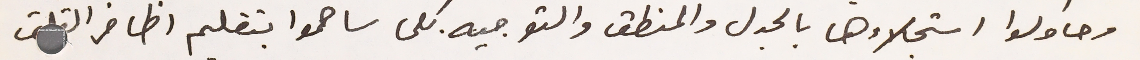
وحاولوا استجلاءها بالجدل والمنطق والتوجيه. كلما ساهموا بتقليم اظافر القلق